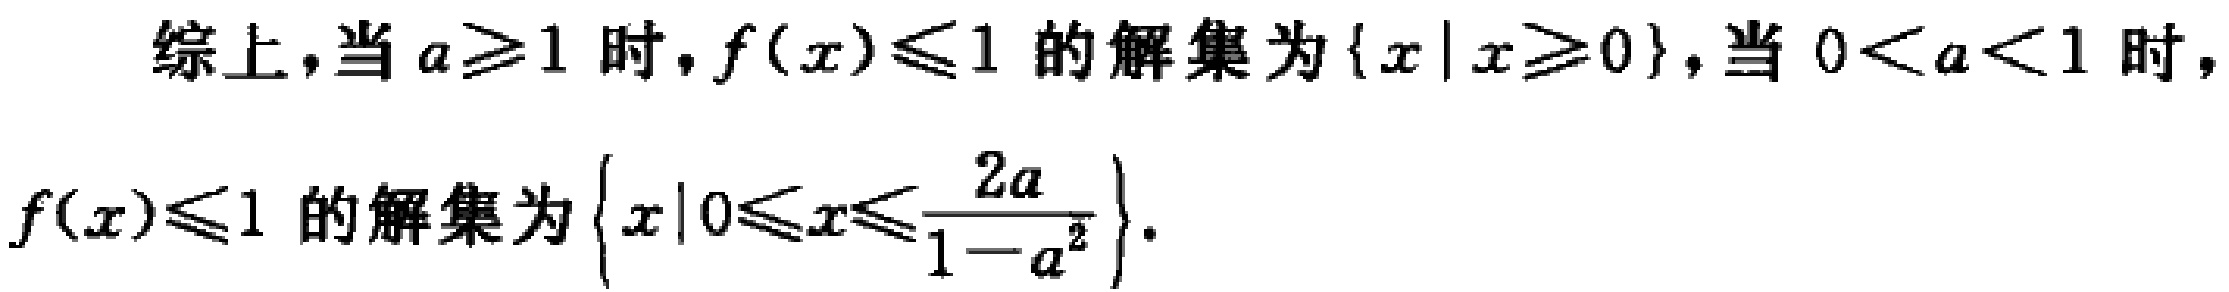
综上，当 \(a\geqslant1\) 时，\(f(x)\leqslant1\) 的解集为 \(\{x|x\geqslant0\}\)，当 \(0 < a < 1\) 时，\(f(x)\leqslant1\) 的解集为 \(\left\{x\left|0\leqslant x\leqslant\frac{2a}{1 - a^{2}}\right.\right\}\)。